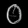
Digit: ၀